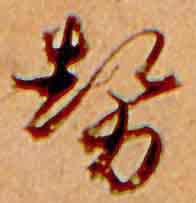
勢